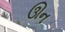
ઊન